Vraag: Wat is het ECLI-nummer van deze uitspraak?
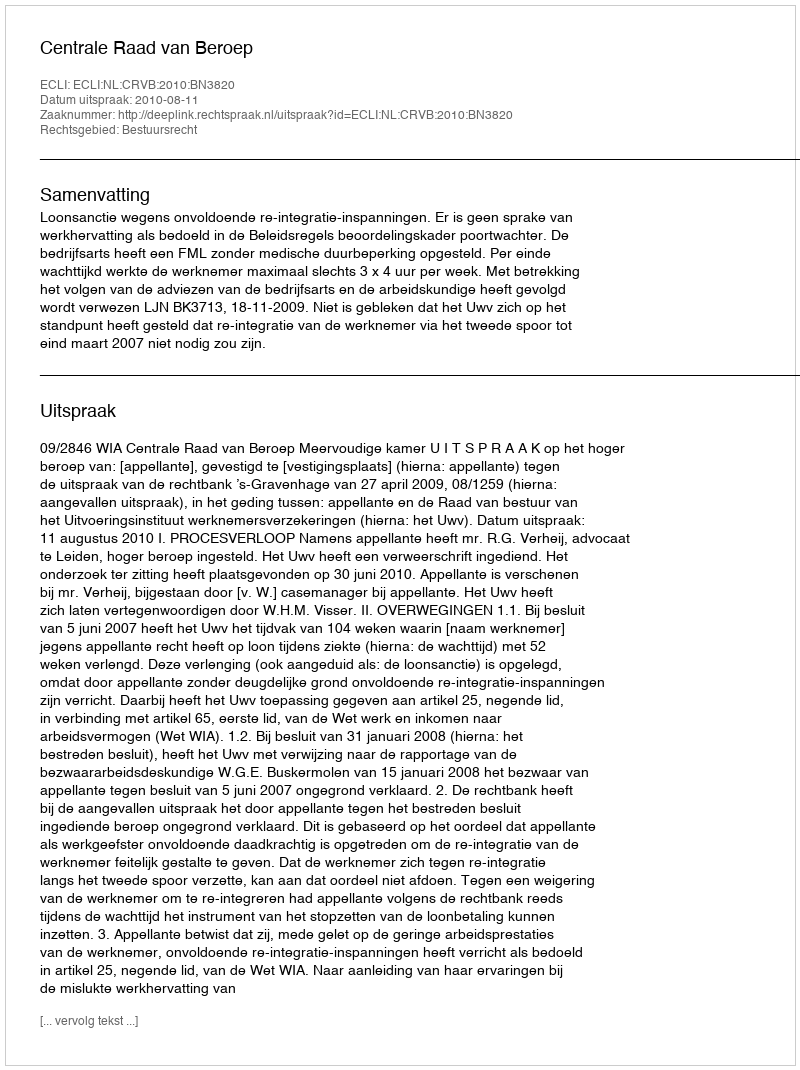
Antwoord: ECLI:NL:CRVB:2010:BN3820